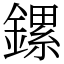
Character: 鏍